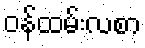
ဝန်ထမ်းလစာ